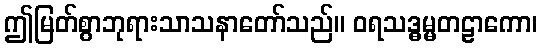
ဤမြတ်စွာဘုရားသာသနာတော်သည်။ ဝရသဒ္ဓမ္မတဠာကော၊